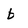
Character: b